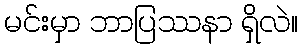
မင်းမှာ ဘာပြဿနာ ရှိလဲ။